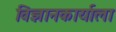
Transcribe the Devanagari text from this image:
विज्ञानकार्याला